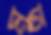
মুত